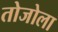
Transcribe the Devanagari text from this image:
तोजोला